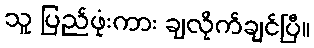
သူ ပြည်ဖုံးကား ချလိုက်ချင်ပြီ။